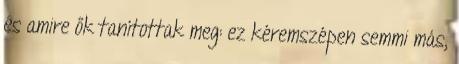
és amire ők tanítottak meg: ez kéremszépen semmi más,